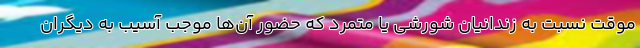
موقت نسبت به زندانیان شورشی یا متمرد که حضور آن‌ها موجب آسیب به دیگران